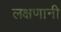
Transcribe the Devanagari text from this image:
लक्षणानी